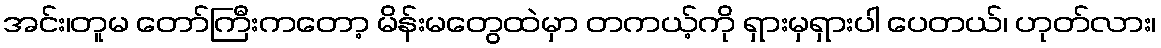
အင်း၊တူမ တော်ကြီးကတော့ မိန်းမတွေထဲမှာ တကယ့်ကို ရှားမှရှားပါ ပေတယ်၊ ဟုတ်လား၊